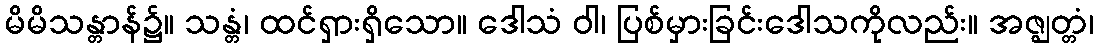
မိမိသန္တာန်၌။ သန္တံ၊ ထင်ရှားရှိသော။ ဒေါသံ ဝါ၊ ပြစ်မှားခြင်းဒေါသကိုလည်း။ အဇ္ဈတ္တံ၊